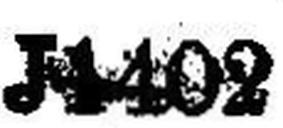
J 1402